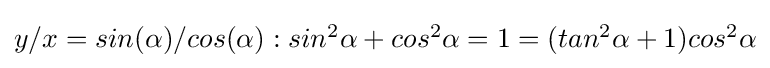
{\textstyle y/x=sin(\alpha )/cos(\alpha ):sin^{2}\alpha +cos^{2}\alpha =1=(tan^{2}\alpha +1)cos^{2}\alpha }